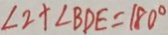
\angle 2 + \angle B D E = 1 8 0 ^ { \circ }